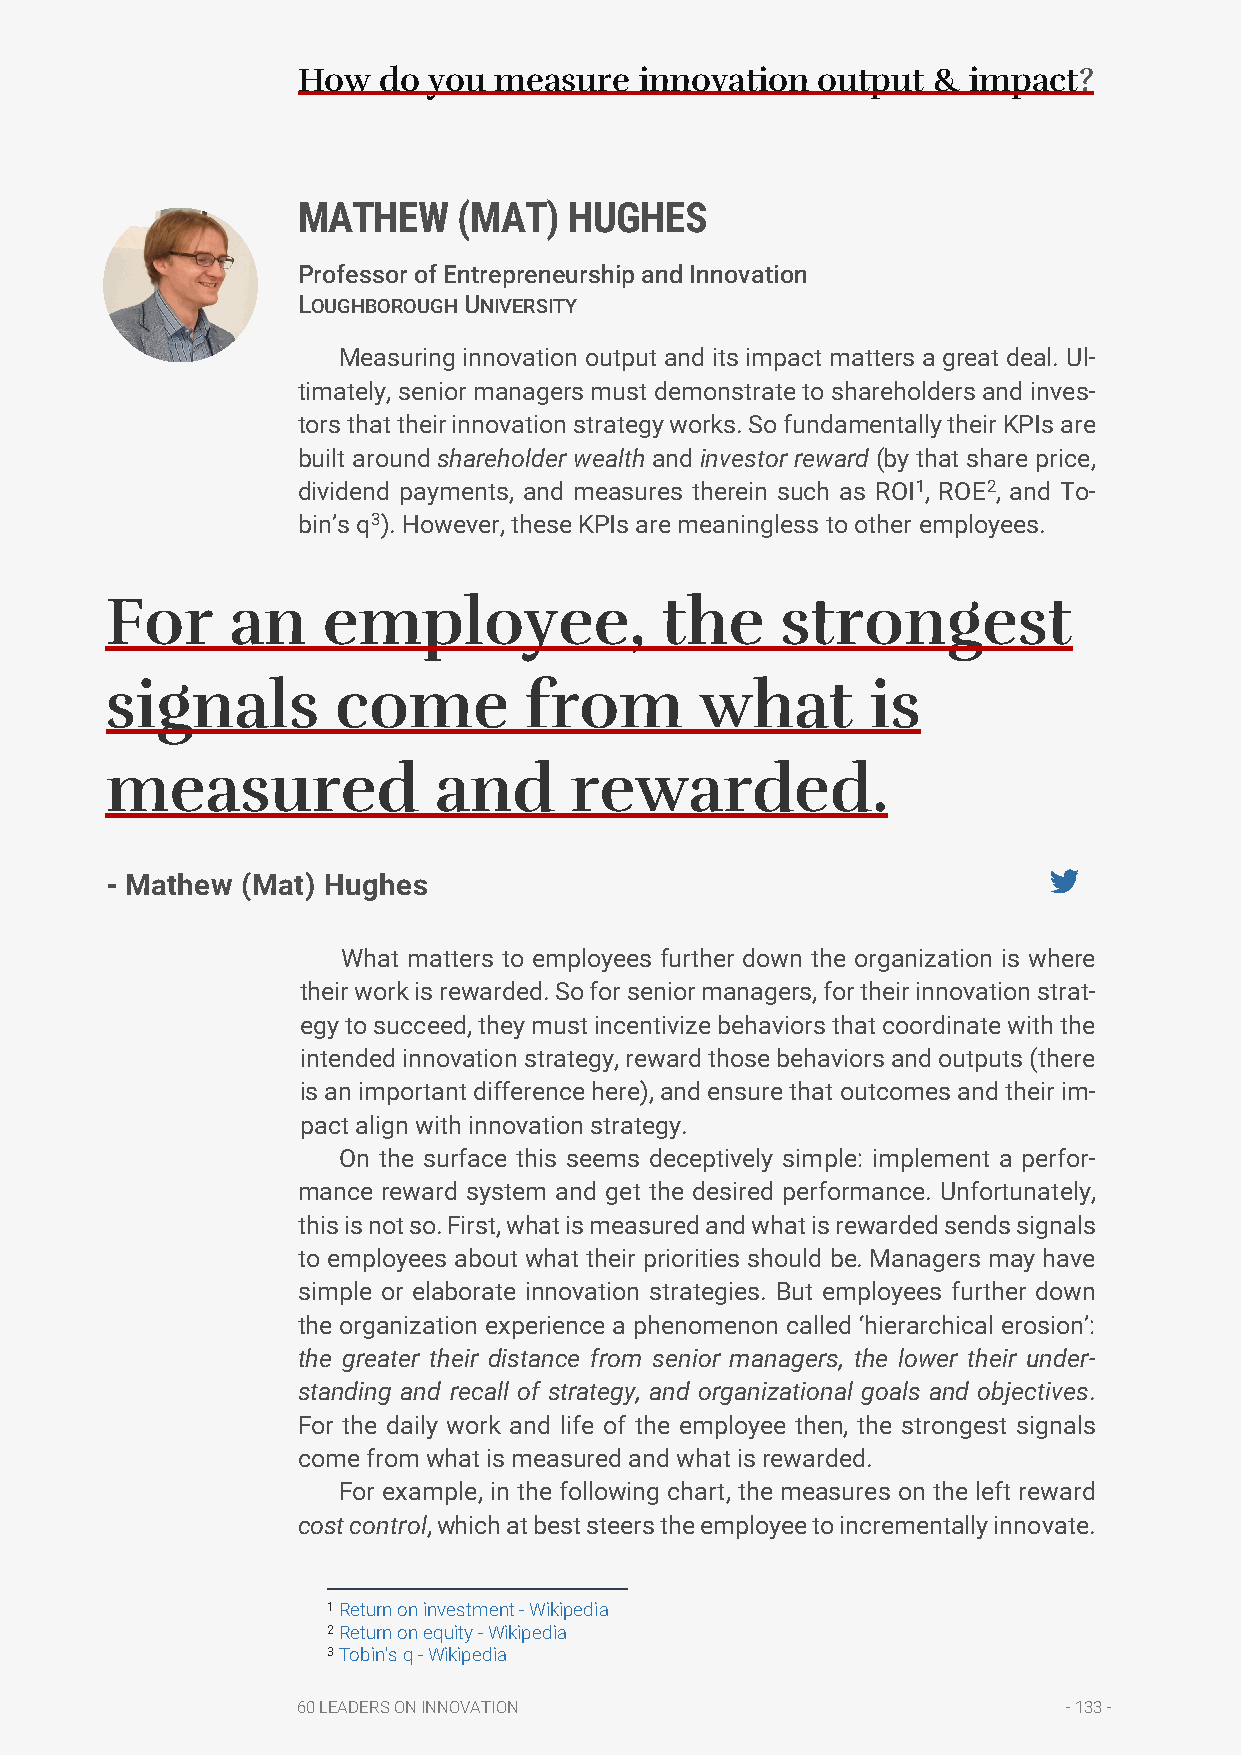
How  do you  measure  innovation  output  & impact?
 MATHEW    (MAT)   HUGHES
 Professor of Entrepreneurship and Innovation
 LOUGHBOROUGH UNIVERSITY
 Measuring innovation output and its impact matters a great deal. Ul-
 timately, senior managers must demonstrate to shareholders and inves-
 tors that their innovation strategy works. So fundamentally their KPIs are
 built around shareholder wealth and investor reward (by that share price,
 dividend payments, and measures therein such as ROI1, ROE2, and To-
 bin’s q3). However, these KPIs are meaningless to other employees.
 For     an    employee,              the     strongest
 signals        come         from       what        is
 measured              and      rewarded.
 - Mathew (Mat) Hughes
 What matters to employees further down the organization is where
 their work is rewarded. So for senior managers, for their innovation strat-
 egy to succeed, they must incentivize behaviors that coordinate with the
 intended innovation strategy, reward those behaviors and outputs (there
 is an important difference here), and ensure that outcomes and their im-
 pact align with innovation strategy.
 On the surface this seems deceptively simple: implement a perfor-
 mance reward system and get the desired performance. Unfortunately,
 this is not so. First, what is measured and what is rewarded sends signals
 to employees about what their priorities should be. Managers may have
 simple or elaborate innovation strategies. But employees further down
 the organization experience a phenomenon called ‘hierarchical erosion’:
 the greater their distance from senior managers, the lower their under-
 standing and recall of strategy, and organizational goals and objectives.
 For the daily work and life of the employee then, the strongest signals
 come from what is measured and what is rewarded.
 For example, in the following chart, the measures on the left reward
 cost control, which at best steers the employee to incrementally innovate.
 1 Return on investment - Wikipedia
 2 Return on equity - Wikipedia
 3 Tobin's q - Wikipedia
 60 LEADERS ON INNOVATION                           - 133 -